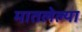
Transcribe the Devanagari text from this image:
मातलेल्या